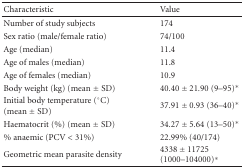
<table><thead><tr><td><b>Characteristic</b></td><td><b>Value</b></td></tr></thead><tbody><tr><td>Number of study subjects</td><td>174</td></tr><tr><td>Sex ratio (male/female ratio)</td><td>74/100</td></tr><tr><td>Age (median)</td><td>11.4</td></tr><tr><td>Age of males (median)</td><td>11.8</td></tr><tr><td>Age of females (median)</td><td>10.9</td></tr><tr><td>Body weight (kg) (mean ± SD)</td><td>40.40 ± 21.90 (9–95)*</td></tr><tr><td>Initial body temperature (°C) (mean ± SD)</td><td>37.91 ± 0.93 (36–40)*</td></tr><tr><td>Haematocrit (%) (mean ± SD)</td><td>34.27 ± 5.64 (13–50)*</td></tr><tr><td>% anaemic (PCV &lt; 31%)</td><td>22.99% (40/174)</td></tr><tr><td>Geometric mean parasite density</td><td>4338 ± 11725 (1000–104000)*</td></tr></tbody></table>